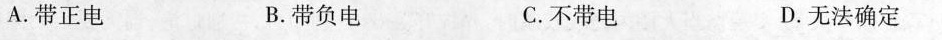
A.带正电 B.带负电 C.不带电 D.无法确定